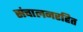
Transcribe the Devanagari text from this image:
संचालनरहित